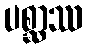
ပစ္ဆာဿ